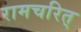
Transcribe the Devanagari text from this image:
रामचरित्